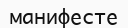
манифесте